Vaccination Hyderabad 1890-1903 - 1890-1903
Year: 1890
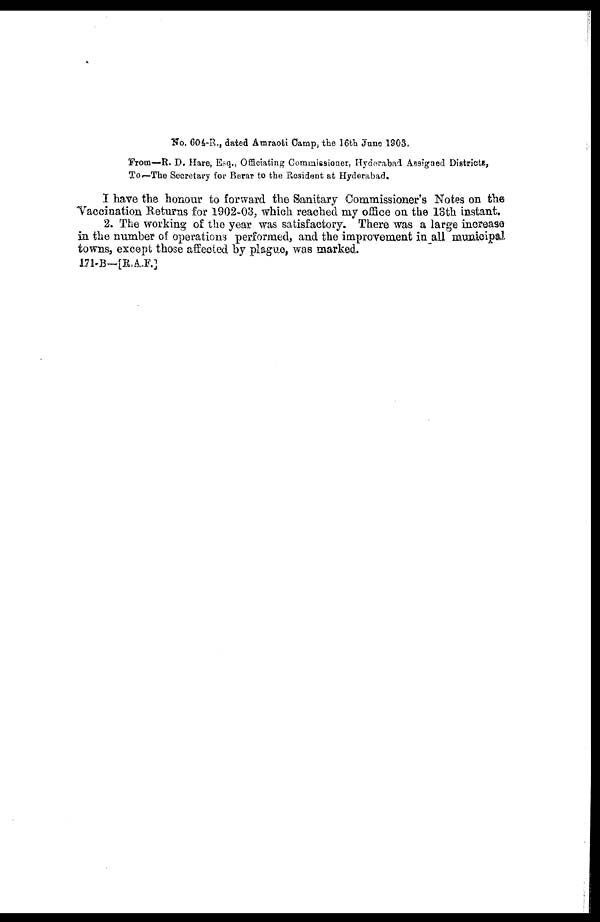
No. 604-R., dated Amraoti Camp,the 16th June 1903.
From—R. D. Hare, Esq., Officiating Commissioner, Hyderabad Assigned Districts,
To—The Secretary for Berar to the Resident at Hyderabad.
I have the honour to forward the Sanitary Commissioner's Notes on the
Vaccination Returns for 1902-03, which reached my office on the 13th instant.
2. The working of the year was satisfactory. There was a large increase
in the number of operations performed, and the improvement in all municipal
towns, except those affected by plague, was marked.
171-B—[R.A.F.]